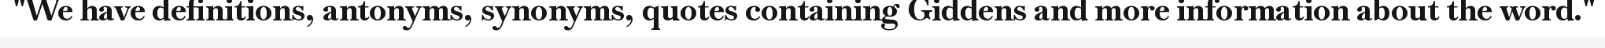
"We have definitions, antonyms, synonyms, quotes containing Giddens and more information about the word."